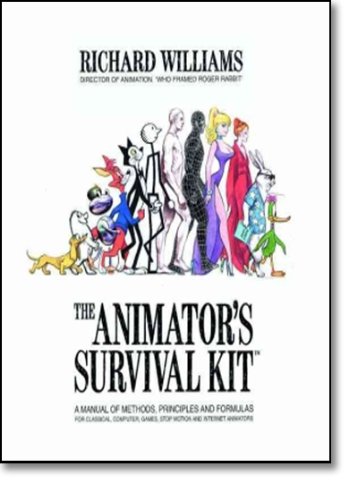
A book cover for The Animator's Survival Kit; Richard Williams; Arts & Photography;